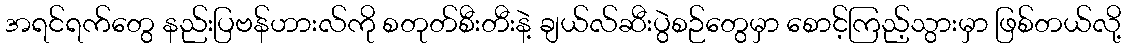
အရင်ရက်တွေ နည်းပြဗန်ဟားလ်ကို စတုတ်စီးတီးနဲ့ ချယ်လ်ဆီးပွဲစဉ်တွေမှာ စောင့်ကြည့်သွားမှာ ဖြစ်တယ်လို့